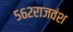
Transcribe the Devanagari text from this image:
५६२राजवंश